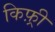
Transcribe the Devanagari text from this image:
किफ़्री